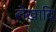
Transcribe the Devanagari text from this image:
लेखादि